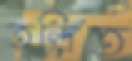
তন্দ্রিত